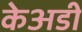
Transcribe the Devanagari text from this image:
केअडी